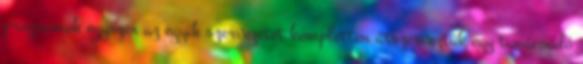
programok egyszer az egyik szervezetet kompletten átszerveztük egy tanácsadó